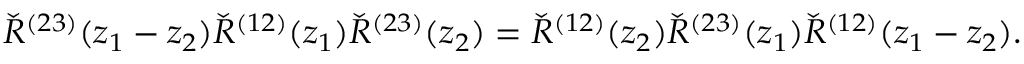
\check { R } ^ { ( 2 3 ) } ( z _ { 1 } - z _ { 2 } ) \check { R } ^ { ( 1 2 ) } ( z _ { 1 } ) \check { R } ^ { ( 2 3 ) } ( z _ { 2 } ) = \check { R } ^ { ( 1 2 ) } ( z _ { 2 } ) \check { R } ^ { ( 2 3 ) } ( z _ { 1 } ) \check { R } ^ { ( 1 2 ) } ( z _ { 1 } - z _ { 2 } ) .